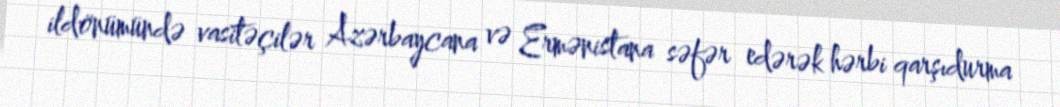
ildönümündə vasitəçilər Azərbaycana və Ermənistana səfər edərək hərbi qarşıdurma